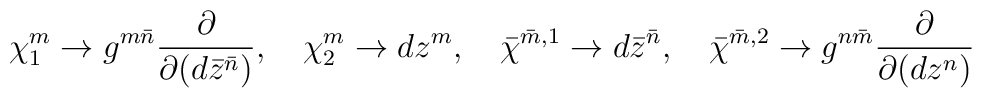
\chi^m_1 \to g^{m \bar{n}} \frac{\partial}{\partial (d\bar{z}^{\bar{n}})}, \quad \chi^m_2 \to d z^m, \quad \bar{\chi}^{\bar{m},1} \to d\bar{z}^{\bar{n}}, \quad \bar{\chi}^{\bar{m},2} \to g^{n \bar{m}} \frac{\partial}{\partial (dz^n)}